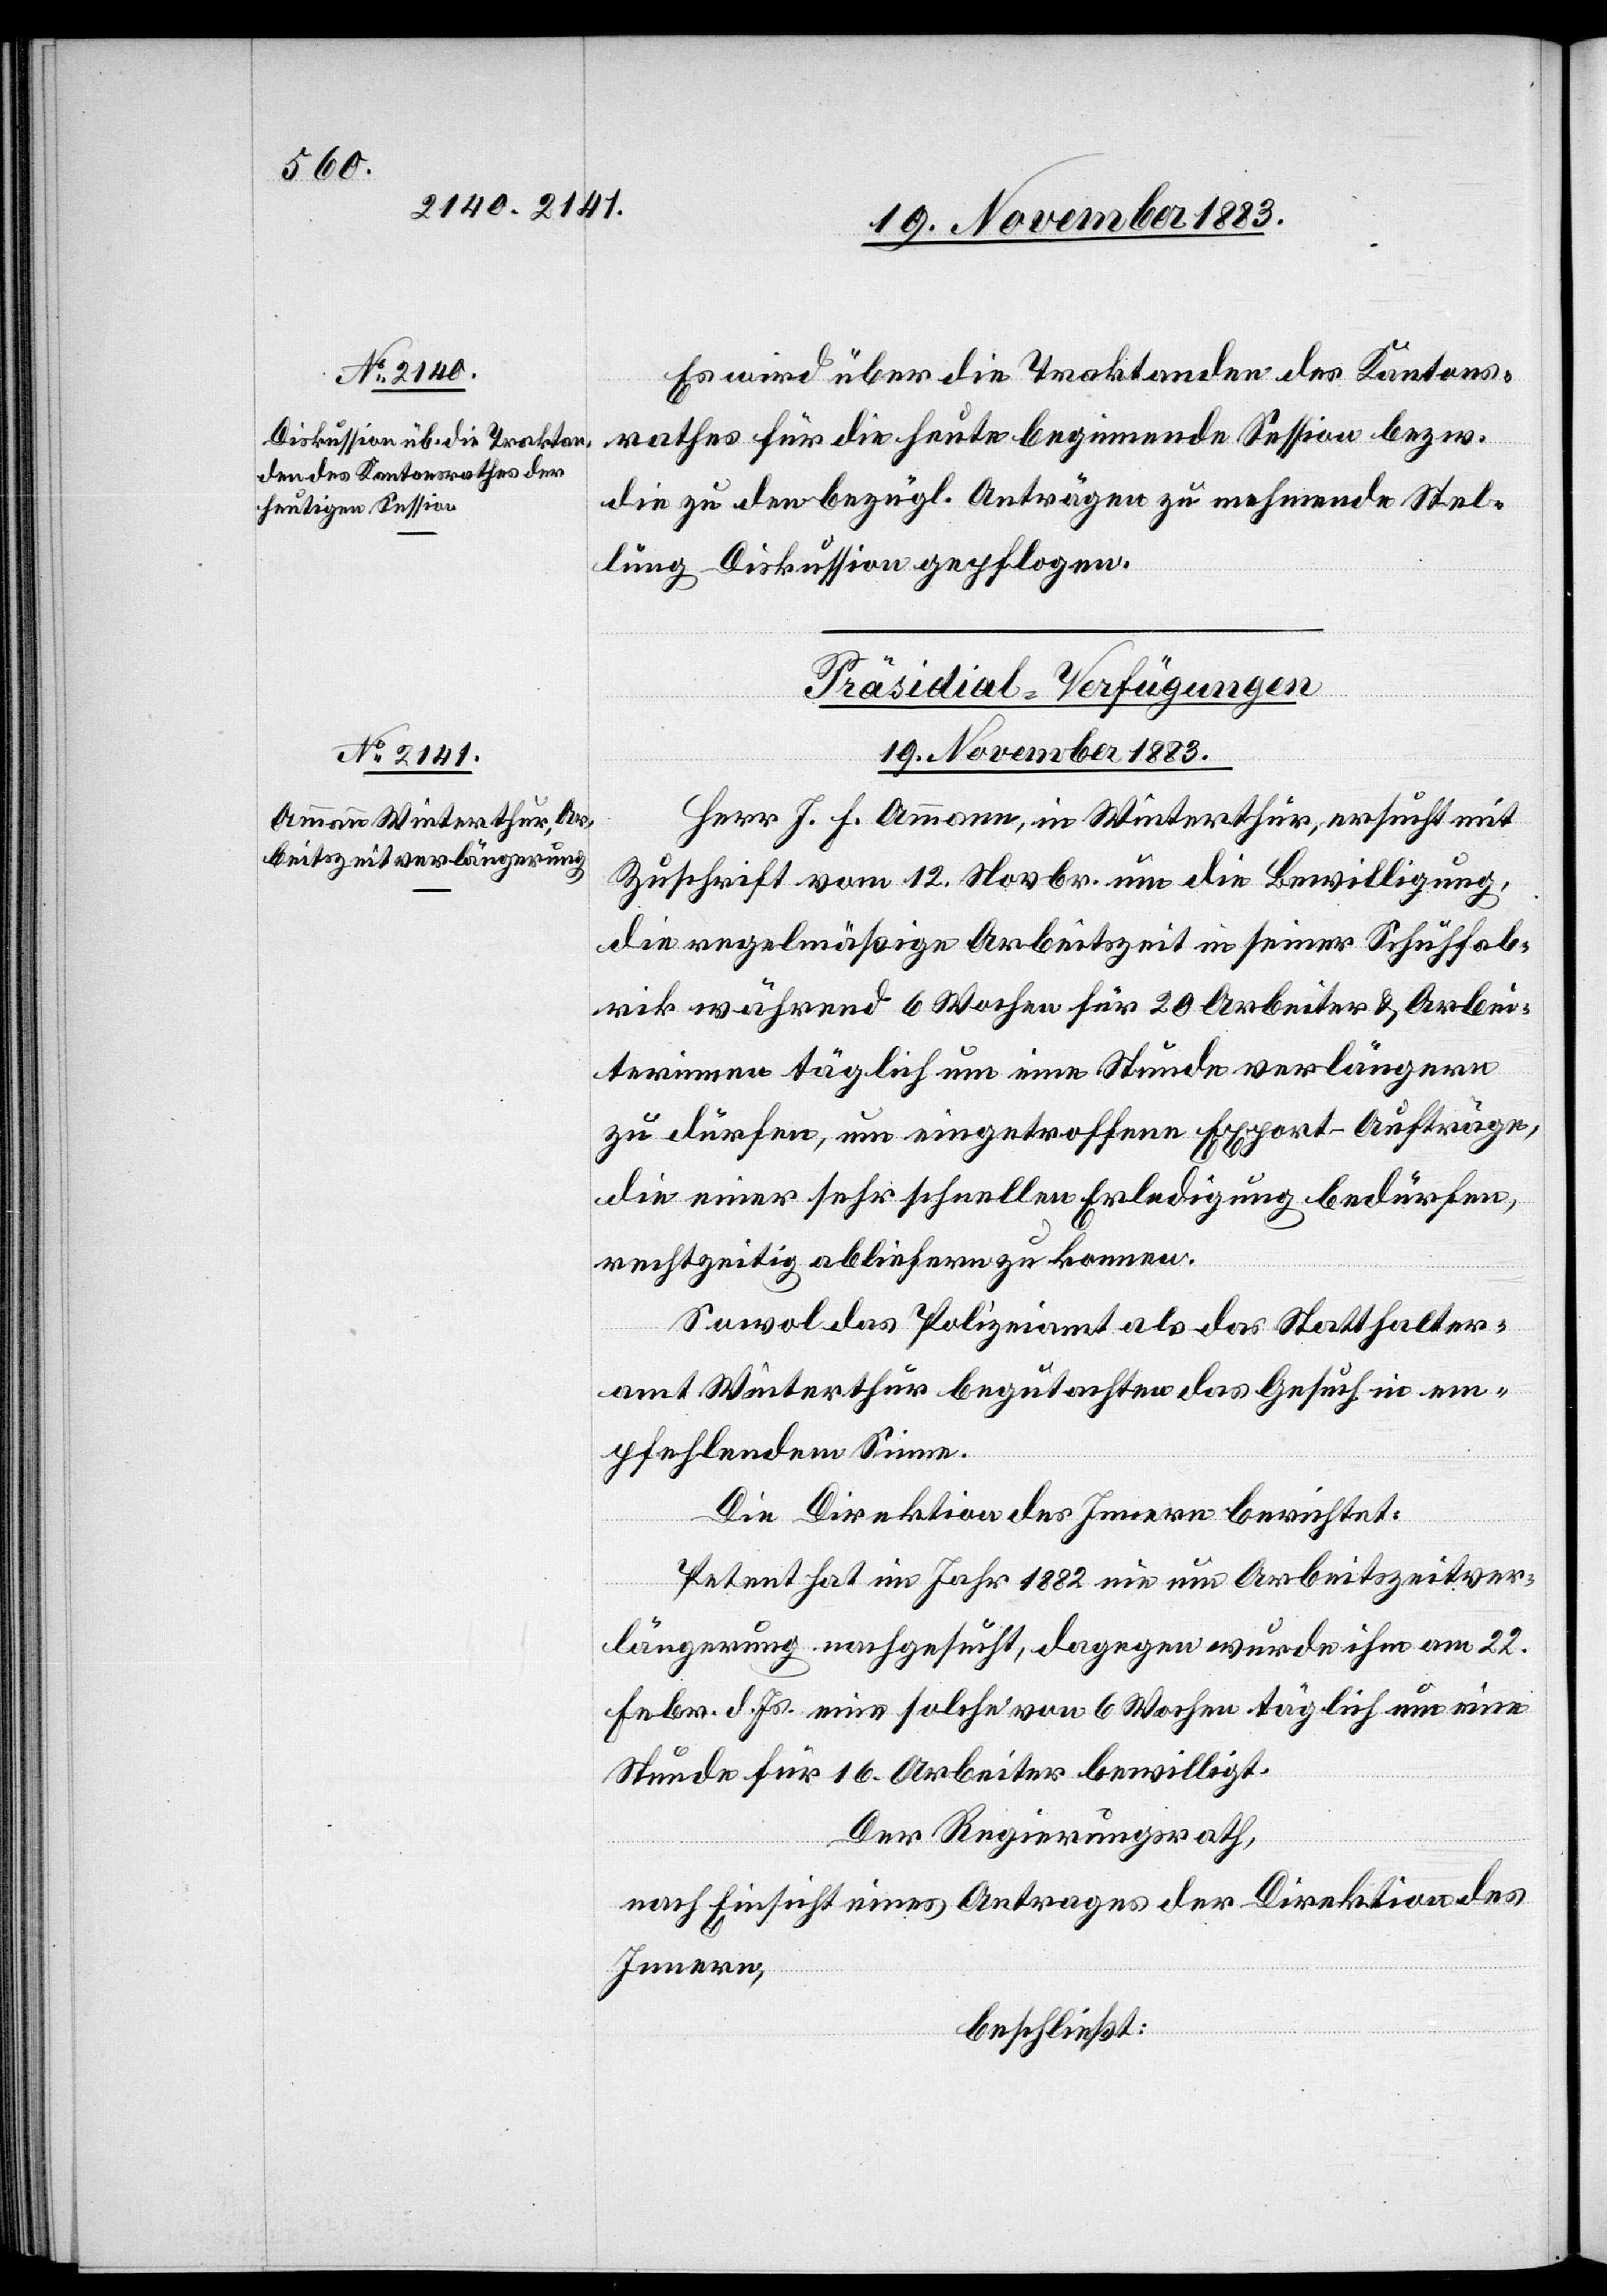
19. November 1883.
Es wird über die Traktanden des Kantons¬
rathes für die heute beginnende Session bezw.
die zu den bezügl. Anträgen zu nehmende Stel¬
lung Diskussion gepflogen.
Präsidial-Verfügungen
Herr J. H. Ammann, in Winterthur, ersucht mit
Zuschrift vom 12. Novbr. um die Bewilligung,
die regelmäßige Arbeitszeit in seiner Schuhfab¬
rik während 6 Wochen für 20 Arbeiter & Arbei¬
terinnen täglich um eine Stunde verlängern
zu dürfen, um eingetroffene Export-Aufträge,
die einer sehr schnellen Erledigung bedürfen,
rechtzeitig abliefern zu konnen
Sowol das Polizeiamt als das Statthalter¬
amt Winterthur begutachten das Gesuch in em¬
pfehlendem Sinne.
Die Direktion des Innern berichtet:
Petent hat im Jahr 1882 nie um Arbeitszeitver¬
längerung nachgesucht, dagegen wurde ihm am 22.
Febr. d. Js. eine solche von 6 Wochen täglich um eine
Stunde für 16 Arbeiter bewilligt.
Der Regierungsrath,
nach Einsicht eines Antrages der Direktion des
Innern,
beschließt: